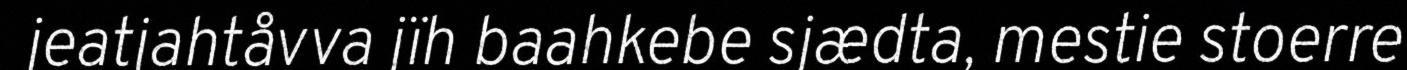
jeatjahtåvva jïh baahkebe sjædta, mestie stoerre